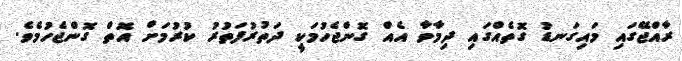
ރާއްޖޭގައި މައިގަނޑު ގޮތެއްގައި ދިމާވާ އެއް ގޮންޖެހުމަކީ ދަތުރުފަތުރު ކުރުމަށް އޮތް ގޮންޖެހުމެވެ.